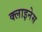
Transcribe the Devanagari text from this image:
क्लाइनेस